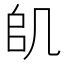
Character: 𠙋